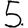
Digit: 5